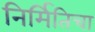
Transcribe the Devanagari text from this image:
निर्मितिचा